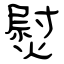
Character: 熨